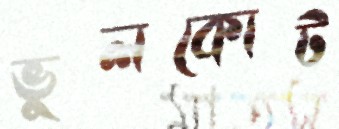
ভুলকোট